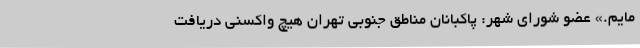
مایم.» عضو شورای شهر: پاکبانان مناطق جنوبی تهران هیچ واکسنی دریافت